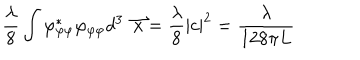
\frac { \lambda } { 8 } \int \varphi _ { \varphi \varphi } ^ { * } \varphi _ { \varphi \varphi } d ^ { 3 } \stackrel { \rightharpoonup } { x } = \frac { \lambda } { 8 } | c | ^ { 2 } = \frac { \lambda } { 1 2 8 \pi L }